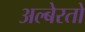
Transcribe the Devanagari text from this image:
अल्बेरतो